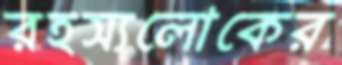
রহস্যলোকের